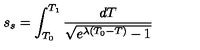
s _ { s } = \int _ { T _ { 0 } } ^ { T _ { 1 } } \frac { d T } { \sqrt { e ^ { \lambda ( T _ { 0 } - T ) } - 1 } }